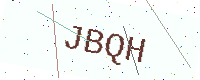
Text: JBQH